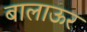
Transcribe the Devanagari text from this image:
बालाऊर